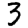
Digit: 3